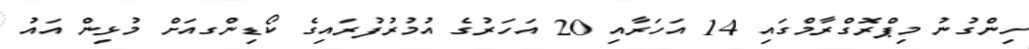
ހިންގުނު މިޕްރޮގްރާމްގައި 14 އަހަރާއި 20 އަހަރުގެ އުމުރުފުރައިގެ ކޯޑިންގއަށް މުޅިން އައު